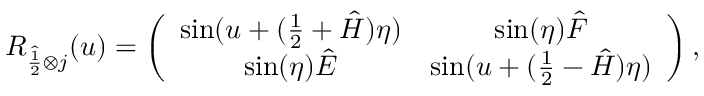
R _ { \hat { \frac 1 2 } \otimes j } ( u ) = \left( \begin{array} { c c c c } { { \sin ( u + ( \frac { 1 } { 2 } + \hat { H } ) \eta ) } } & { { \sin ( \eta ) \hat { F } } } \\ { { \sin ( \eta ) \hat { E } } } & { { \sin ( u + ( \frac { 1 } { 2 } - \hat { H } ) \eta ) } } \end{array} \right) ,